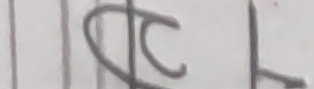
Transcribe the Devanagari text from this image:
छैन